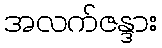
အလက်ဇန္ဒား